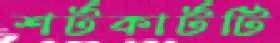
শর্টকার্টটি